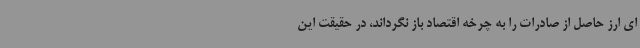
ای ارز حاصل از صادرات را به چرخه اقتصاد باز نگرداند، در حقیقت این